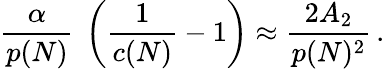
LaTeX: {\frac{\alpha}{p(N)}}\ \left({\frac{1}{c(N)}}-1\right)\approx{\frac{2A_{2}}{p(N)^{2}}}\, .